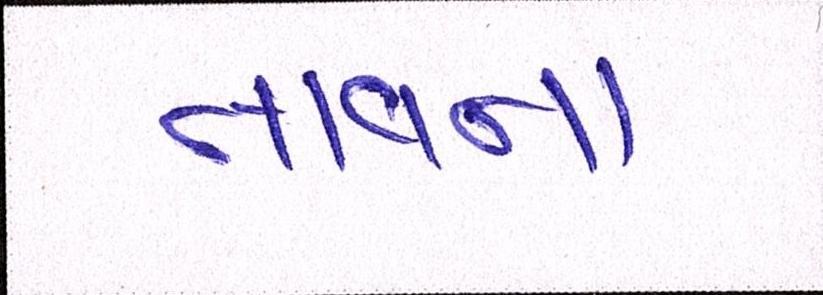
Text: તાવના